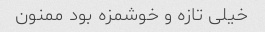
خیلی تازه و خوشمزه بود ممنون